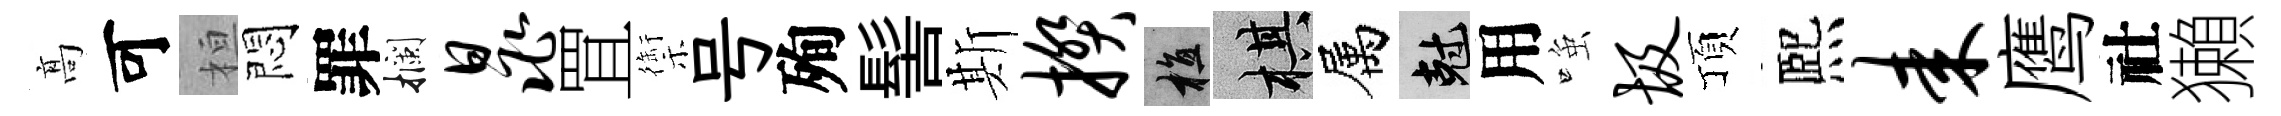
髙可桓悶罪攔晁罝禦号殉髻斯揆植棋属剋用𫪻圾頂熈耒鹰社獺